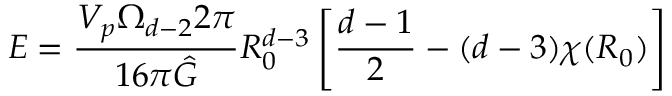
E = \frac { V _ { p } \Omega _ { d - 2 } 2 \pi } { 1 6 \pi \hat { G } } R _ { 0 } ^ { d - 3 } \left[ \frac { d - 1 } { 2 } - ( d - 3 ) \chi ( R _ { 0 } ) \right]